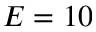
E = 1 0